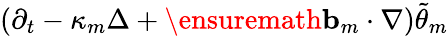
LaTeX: (\partial_{t}-\kappa_{m}\Delta+\ensuremath{\mathbf{b}}_{m}\cdot\nabla)\tilde{\theta}_{m}